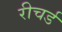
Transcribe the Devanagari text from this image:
रीचर्ड